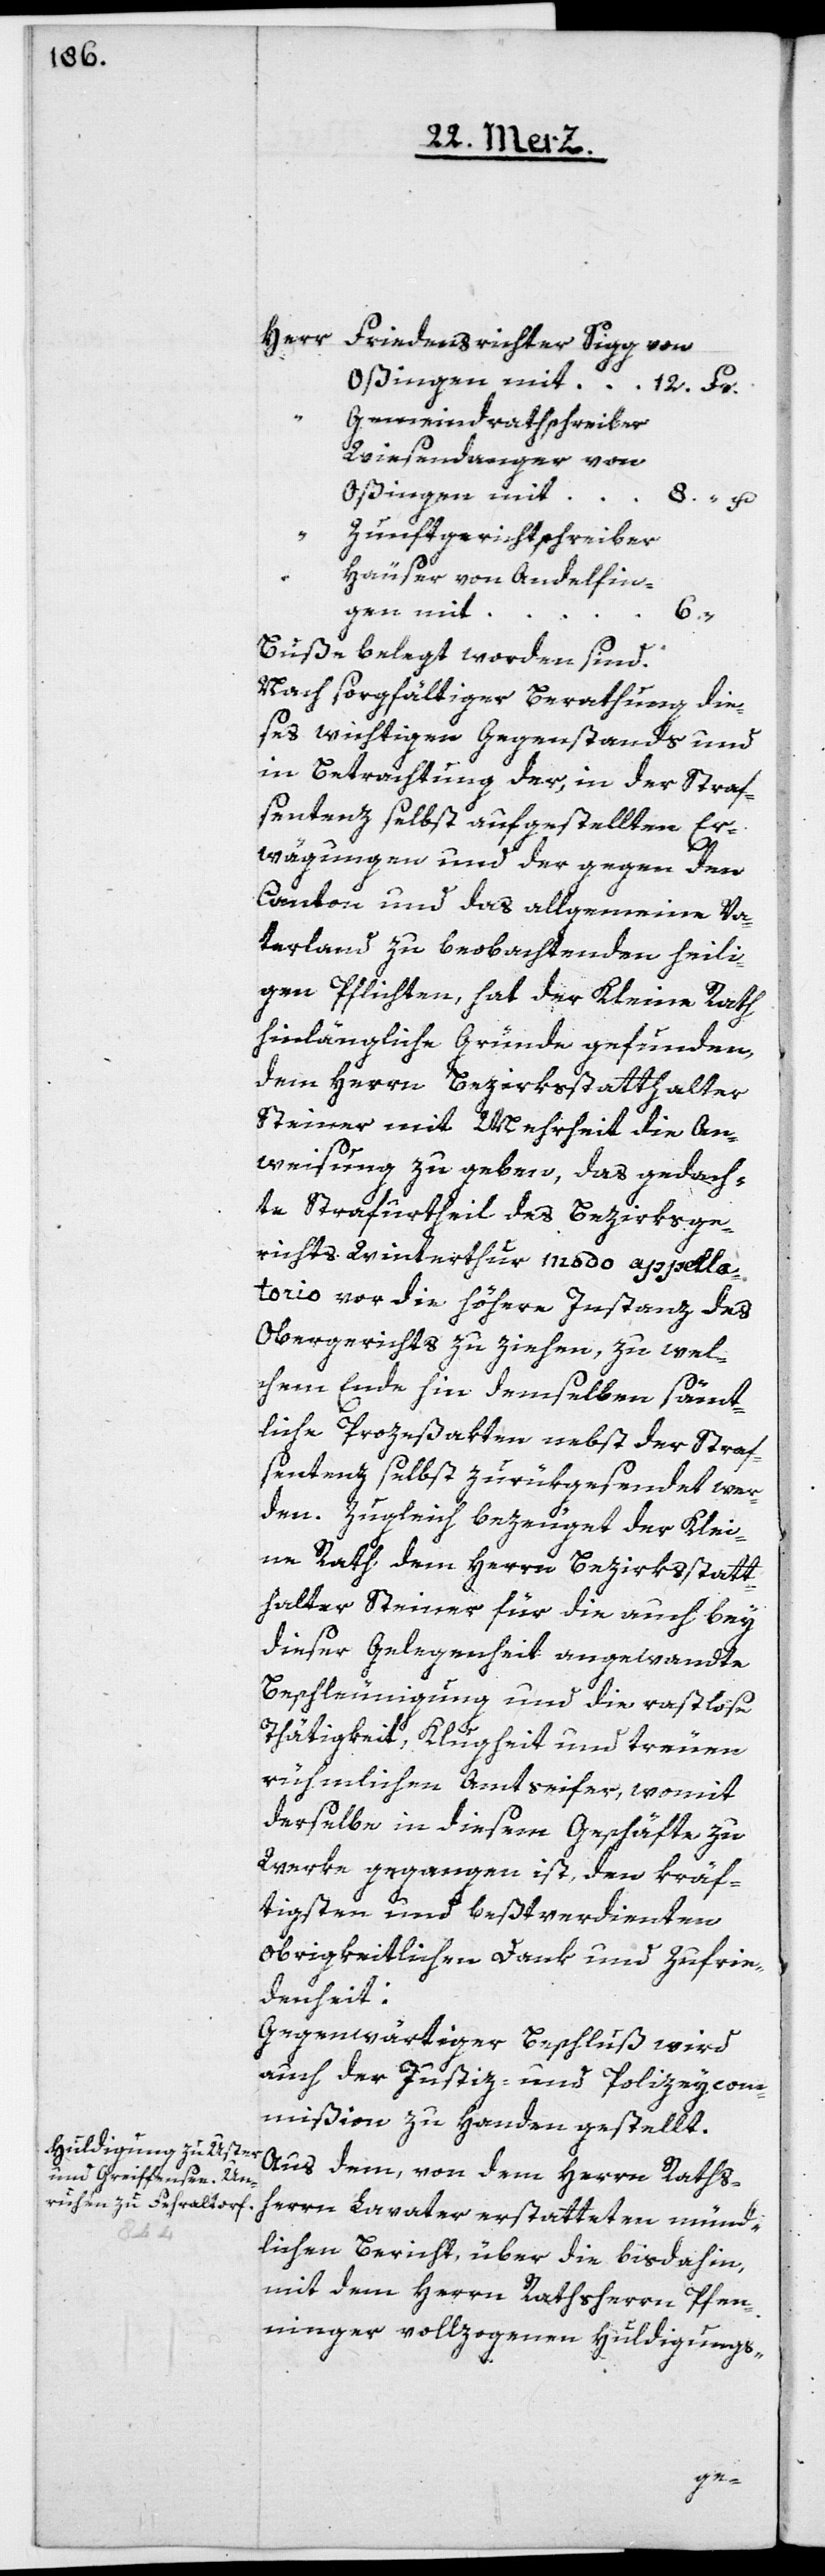
beobachten¬

Herr
Friedensrichter Sigg von
Gemeindrathshreiber
Wiesendanger von
Oßingen mit
Zunftgerichtschreiber
Häuser von Andelfin¬
gen mit
6.
Buße belegt worden sind.
Nach sorgfältiger Berathung die¬
ses wichtigen Gegenstands und
in Betrachtung der, in der Straf¬
sentenz selbst aufgestellten Er¬
wägungen und der gegen den
Canton und das allgemeine Vater¬
gen Pflichten, hat der Kleine Rath
hinlängliche Gründe gefunden,
dem Herrn Bezirksstatthalter
Steiner mit Mehrheit die An¬
weisung zu geben, das gedach¬
te Strafurtheil des Bezirksge¬
richts Winterthur modo appella¬
torio vor die höhere Instanz des
Obergerichts zu ziehen, zu wel¬
chem Ende hin demselben sämt¬
liche Prozeßakten nebst der Straf¬
sentenz selbst zurükgesendet wer¬
den. Zugleich bezeuget der Klei¬
ne Rath dem Herrn Bezirksstatt¬
halter Steiner für die auch bey
dieser Gelegenheit angewandte
Beschleunigung und die rastlose
Thätigkeit, Klugheit und treuen
rühmlichen Amtseifer, womit
derselbe in diesem Geschäfte zu
Werke gegangen ist, den kräf¬
tigsten und beßtverdienten
obrigkeitlichen Dank und Zufrie¬
denheit.
Gegenwärtiger Beschluß wird
auch der Justiz- und Polizeycom¬
mißion zu Handen gestellt.
Aus dem, von dem Herrn Raths¬
herrn Lavater erstatteten münd¬
lichen Bericht, über die bis dahin
mit dem Herrn Rathsherrn Pfen¬
ninger vollzogenen Huldigungs-